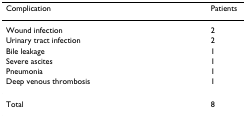
| Complication | Patients |
 | --- | --- |
 | Wound infection | 2 |
 | Urinary tract infection | 2 |
 | Bile leakage | 1 |
 | Severe ascites | 1 |
 | Pneumonia | 1 |
 | Deep venous thrombosis | 1 |
 | Total | 8 |